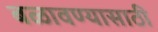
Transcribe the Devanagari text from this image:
बळावण्यासाठी